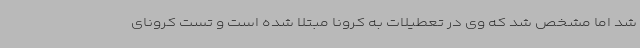
شد اما مشخص شد که وی در تعطیلات به کرونا مبتلا شده است و تست کرونای